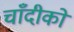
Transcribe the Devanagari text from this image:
चाँदीको